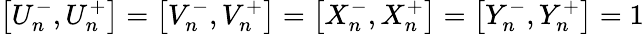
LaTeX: \left[U_{n}^{-},U_{n}^{+}\right]=\left[V_{n}^{-},V_{n}^{+}\right]=\left[X_{n}^{-},X_{n}^{+}\right]=\left[Y_{n}^{-},Y_{n}^{+}\right]=1